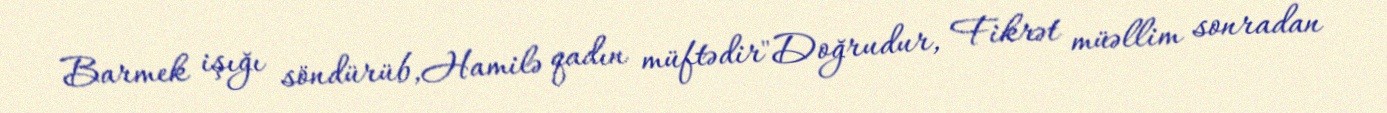
Barmek işığı söndürüb,Hamilə qadın müftədir"Doğrudur, Fikrət müəllim sonradan